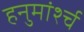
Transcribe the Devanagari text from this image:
हनुमांर्श्च